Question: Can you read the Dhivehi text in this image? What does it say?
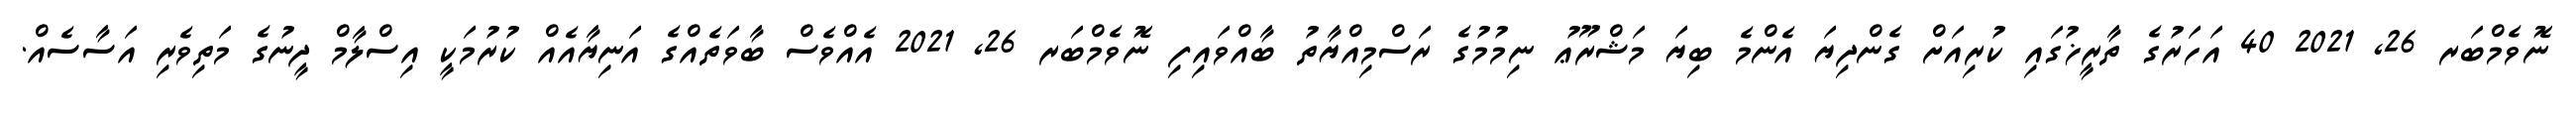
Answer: ނޮވެމްބަރ 26, 2021 40 އަހަރުގެ ތާރީޚުގައި ކުރިއަށް ގެންދިޔަ އެންމެ ބިޔަ މަޝްރޫޢު ނިމުމުގެ ރަސްމިއްޔާތު ބާއްވައިފި ނޮވެމްބަރ 26, 2021 އެއްވެސް ބާވަތެއްގެ އަނިޔާއެއް ކުރުމަކީ އިސްލާމް ދީނުގެ މަތިވެރި އަސާސެއް.